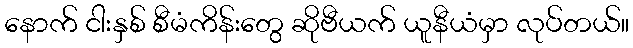
နောက် ငါးနှစ် စီမံကိန်းတွေ ဆိုဗီယက် ယူနီယံမှာ လုပ်တယ်။